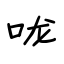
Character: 咙